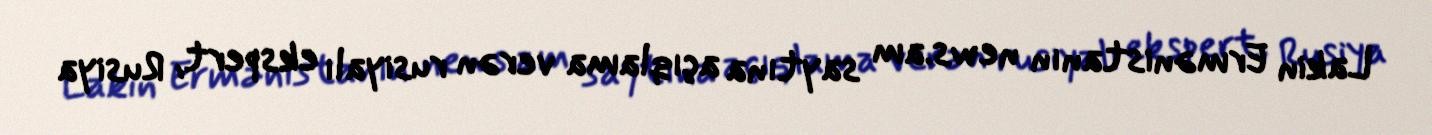
Lakin Ermənistanın news.am saytına açıqlama verən rusiyalı ekspert, Rusiya